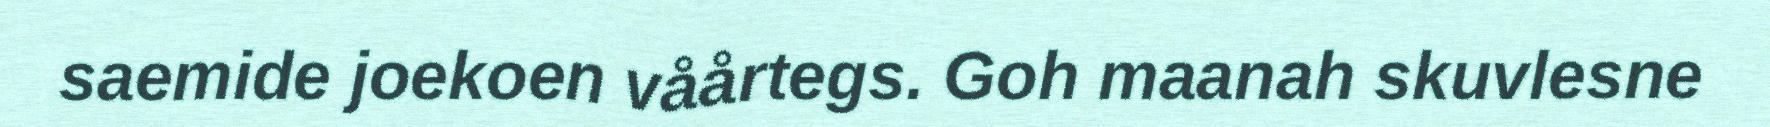
saemide joekoen våårtegs. Goh maanah skuvlesne